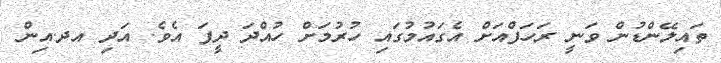
ތައިލޭންޑުން ވަނީ ރަހަފްއަށް އެގައުމުގައި ހުރުމަށް ހުއްދަ ދީފަ އެވެ. އަދި އދ.އިން